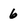
Character: 6